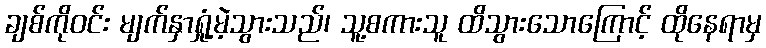
ချစ်ကိုဝင်း မျက်နှာရှုံ့မဲ့သွားသည်၊ သူ့စကားသူ ထိသွားသောကြောင့် ထိုနေရာမှ